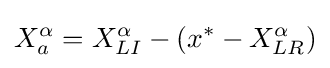
X_{a}^{\alpha }=X_{LI}^{\alpha }-(x^{*}-X_{LR}^{\alpha })